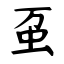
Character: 虿